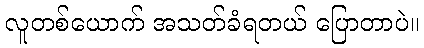
လူတစ်ယောက် အသတ်ခံရတယ် ပြောတာပဲ။